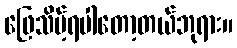
ဖြေသိမ့်ရပါတော့တယ်ဘုရား။